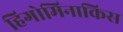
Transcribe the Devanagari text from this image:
हिगोमिनाकिस